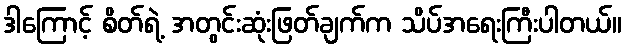
ဒါကြောင့် စိတ်ရဲ့ အတွင်းဆုံးဖြတ်ချက်က သိပ်အရေးကြီးပါတယ်။